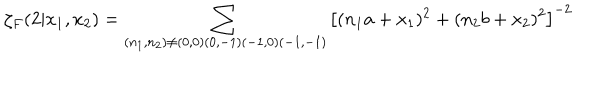
\zeta _ { F } ( 2 | x _ { 1 } , x _ { 2 } ) = \sum _ { ( n _ { 1 } , n _ { 2 } ) \neq ( 0 , 0 ) ( 0 , - 1 ) ( - 1 , 0 ) ( - 1 , - 1 ) } \left[ ( n _ { 1 } a + x _ { 1 } ) ^ { 2 } + ( n _ { 2 } b + x _ { 2 } ) ^ { 2 } \right] ^ { - 2 }